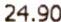
24.90